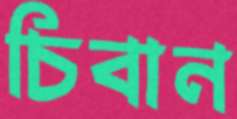
চিবান